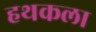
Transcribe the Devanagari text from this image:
हथकला